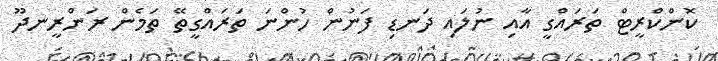
ކޮންކްރީޓް ތަރައްގީ އާއި ނުލައި ދަނޑި ފަނުން ހުންނަ ތަރައްގީތޭ ތަމެން ރަންރީނދޫ